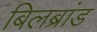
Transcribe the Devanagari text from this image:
बिलब्रांड